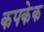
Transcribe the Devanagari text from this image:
कपकेक